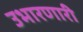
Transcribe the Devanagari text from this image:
उभारणारी